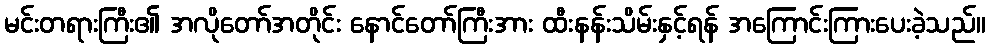
မင်းတရားကြီး၏ အလိုတော်အတိုင်း နောင်တော်ကြီးအား ထီးနန်းသိမ်းနှင့်ရန် အကြောင်းကြားပေးခဲ့သည်။